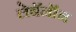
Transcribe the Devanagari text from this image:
लेबॅनॉन